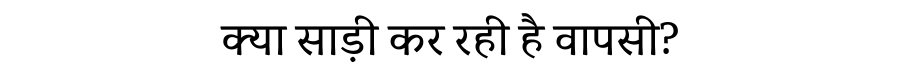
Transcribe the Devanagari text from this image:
क्या साड़ी कर रही है वापसी?